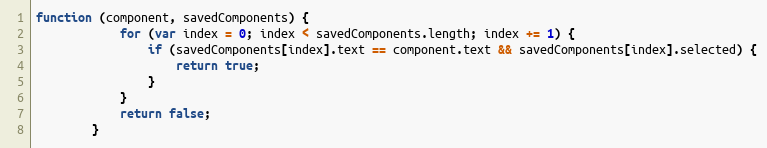
Language: JavaScript
function (component, savedComponents) {
			for (var index = 0; index < savedComponents.length; index += 1) {
				if (savedComponents[index].text == component.text && savedComponents[index].selected) {
					return true;
				}
			}
			return false;
		}